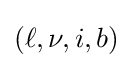
(\ell ,\nu ,i,b)